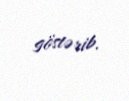
göstərib.